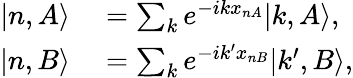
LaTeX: \begin{array}{rl}{|n,A\rangle}&{{}=\sum_{k}e^{-ikx_{nA}}|k,A\rangle,}\\ {|n,B\rangle}&{{}=\sum_{k}e^{-ik^{\prime}x_{nB}}|k^{\prime},B\rangle,}\end{array}